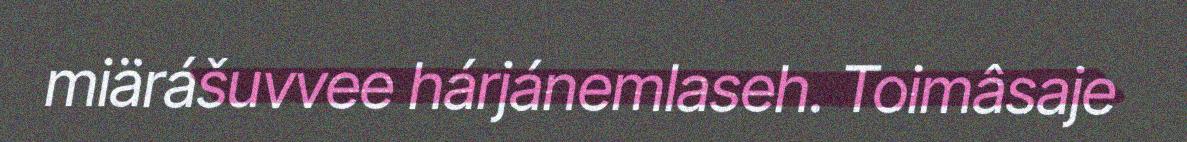
miärášuvvee hárjánemlaseh. Toimâsaje